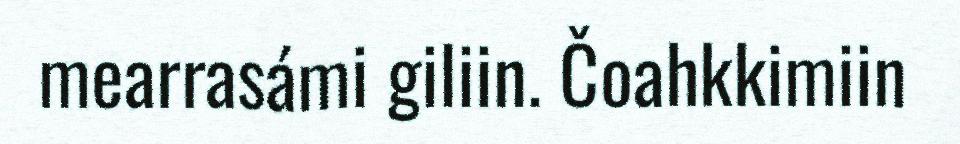
mearrasámi giliin. Čoahkkimiin